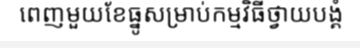
ពេញមួយខែធ្នូសម្រាប់កម្មវិធីថ្វាយបង្គំ